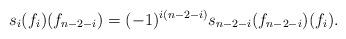
LaTeX: \begin{align*}s_i(f_i)(f_{n-2-i})=(-1)^{i(n-2-i)} s_{n-2-i}(f_{n-2-i})(f_i).\end{align*}